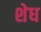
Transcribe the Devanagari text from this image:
शेध